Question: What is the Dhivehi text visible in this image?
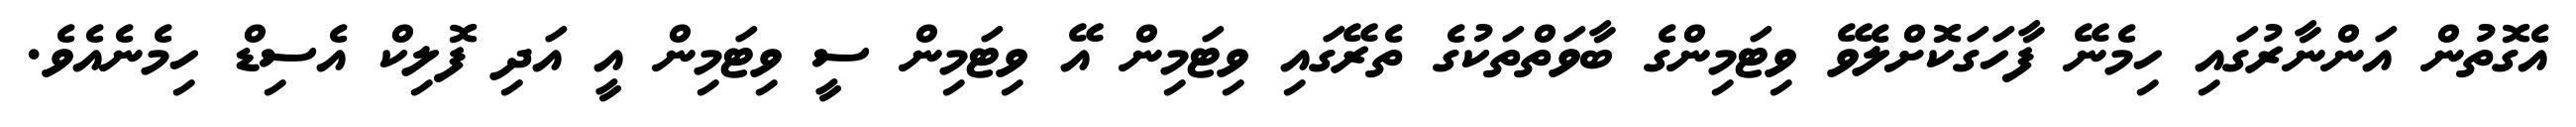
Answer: އެގޮތުން އަންނާރުގައި ހިމެނޭ ފާހަގަކޮށްލެވޭ ވިޓަމިންގެ ބާވަތްތަކުގެ ތެރޭގައި ވިޓަމިން އޭ ވިޓަމިން ސީ ވިޓަމިން އީ އަދި ފޮލިކް އެސިޑް ހިމެނެއެވެ.